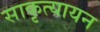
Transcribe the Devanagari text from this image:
साकृत्यायन